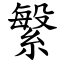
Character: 䌓